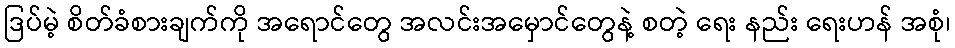
ဒြပ်မဲ့ စိတ်ခံစားချက်ကို အရောင်တွေ အလင်းအမှောင်တွေနဲ့ စတဲ့ ရေး နည်း ရေးဟန် အစုံ၊